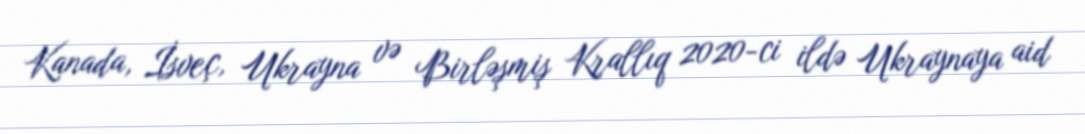
Kanada, İsveç, Ukrayna və Birləşmiş Krallıq 2020-ci ildə Ukraynaya aid